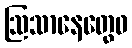
ဩသာနေတွေဝ